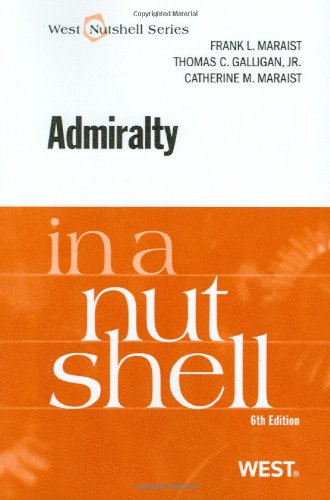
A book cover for Admiralty in a Nutshell; Frank Maraist; Law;